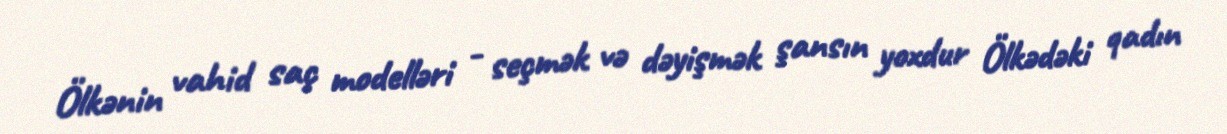
Ölkənin vahid saç modelləri - seçmək və dəyişmək şansın yoxdur Ölkədəki qadın